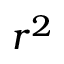
r ^ { 2 }